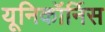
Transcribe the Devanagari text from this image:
यूनिकॉर्निस